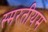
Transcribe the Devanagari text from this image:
स्मरतीयम